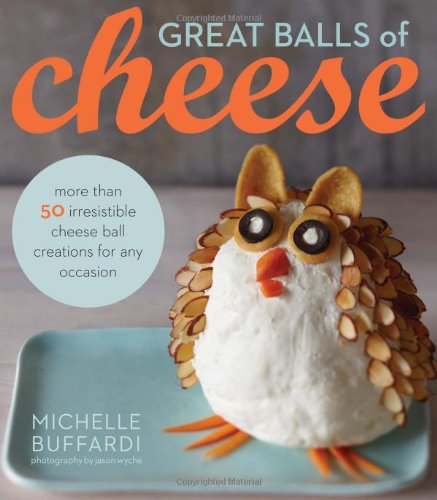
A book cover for Great Balls of Cheese; Michelle Buffardi; Cookbooks, Food & Wine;